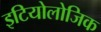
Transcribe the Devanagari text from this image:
इटियोलोजिक